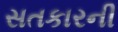
સતકારની